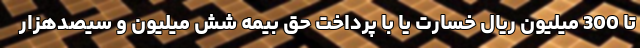
تا 300 میلیون ریال خسارت یا با پرداخت حق بیمه شش میلیون و سیصدهزار